Indian journal of veterinary science and animal husbandry - Volume 4,
Year: 1934
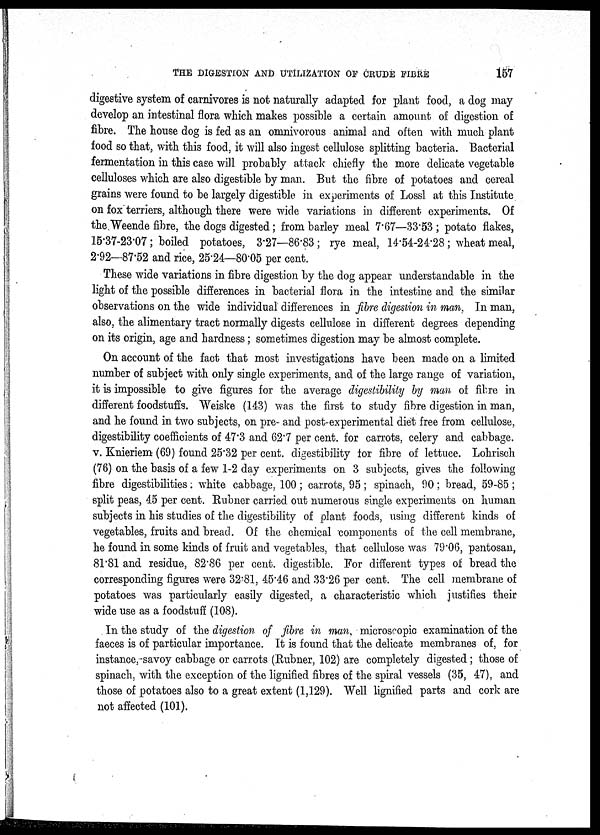
THE DIGESTION AND UTILIZATION OF CRUDE
FIBRE
157
digestive system of carnivores is not naturally adapted for plant food, a dog may
develop an intestinal flora which makes possible a certain amount of digestion of
fibre. The house dog is fed as an omnivorous animal and often with much plant
food so that, with this food, it will also ingest cellulose splitting bacteria. Bacterial
fermentation in this case will probably attack chiefly the more delicate vegetable
celluloses which are also digestible by man. But the fibre of potatoes and cereal
grains were found to be largely digestible in experiments of Lossl at this Institute
on fox terriers, although there were wide variations in different experiments. Of
the Weende fibre, the dogs digested; from barley meal 7.67—33.53 ; potato flakes,
15.37-23.07; boiled potatoes, 3.27—86.83 ; rye meal, 14.54-24.28 ; wheat meal,
2.92—87.52 and rice, 25.24—80.05 per cent.
These wide variations in fibre digestion by the dog appear understandable in the
light of the possible differences in bacterial flora in the intestine and the similar
observations on the wide individual differences in fibre digestion in man, In man,
also, the alimentary tract normally digests cellulose in different degrees depending
on its origin, age and hardness; sometimes digestion may be almost complete.
On account of the fact that most investigations have been made on a limited
number of subject with only single experiments, and of the large range of variation,
it is impossible to give figures for the average digestibility by man of fibre in
different foodstuffs. Weiske (143) was the first to study fibre digestion in man,
and he found in two subjects, on pre- and post-experimental diet free from cellulose,
digestibility coefficients of 47.3 and 62.7 per cent. for carrots, celery and cabbage.
v. Knieriem (69) found 25.32 per cent. digestibility for fibre of lettuce. Lohrisch
(76) on the basis of a few 1-2 day experiments on 3 subjects, gives the following
fibre digestibilities . white cabbage, 100 ; carrots, 95 ; spinach, 90 ; bread, 59-85 ;
split peas, 45 per cent. Rubner carried out numerous single experiments on human
subjects in his studies of the digestibility of plant foods, using different kinds of
vegetables, fruits and bread. Of the chemical components of the cell membrane,
he found in some kinds of fruit and vegetables, that cellulose was 79.06, pentosan,
81.81 and residue, 82.86 per cent. digestible. For different types of bread the
corresponding figures were 32.81, 45.46 and 33.26 per cent. The cell membrane of
potatoes was particularly easily digested, a characteristic which justifies their
wide use as a foodstuff (108).
In the study of the digestion of fibre in man, microscopic examination of the
faeces is of particular importance. It is found that the delicate membranes of, for
instance, savoy cabbage or carrots (Rubner, 102) are completely digested ; those of
spinach, with the exception of the lignified fibres of the spiral vessels (35, 47), and
those of potatoes also to a great extent (1,129). Well lignified parts and cork are
not affected (101).